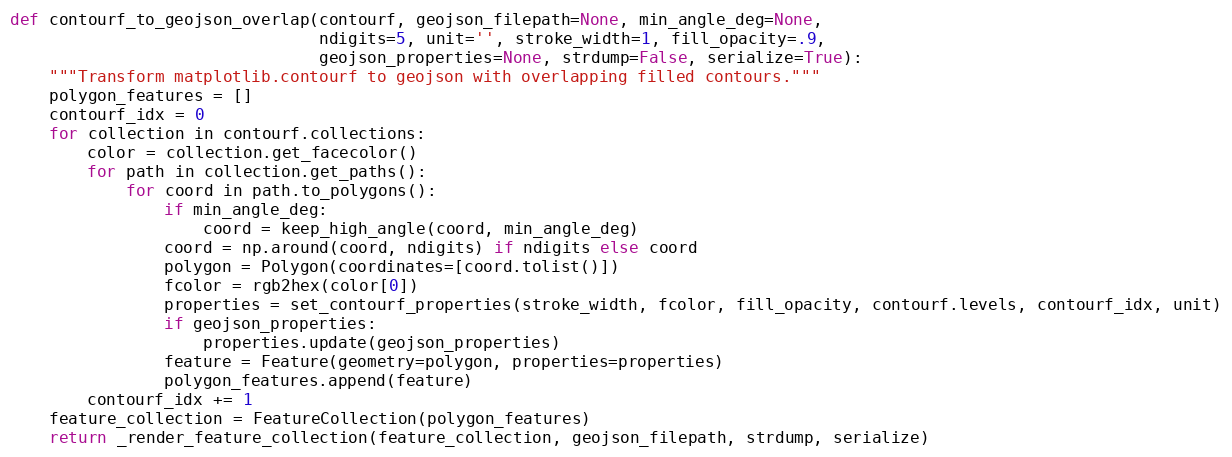
Language: Python
def contourf_to_geojson_overlap(contourf, geojson_filepath=None, min_angle_deg=None,
                                ndigits=5, unit='', stroke_width=1, fill_opacity=.9,
                                geojson_properties=None, strdump=False, serialize=True):
    """Transform matplotlib.contourf to geojson with overlapping filled contours."""
    polygon_features = []
    contourf_idx = 0
    for collection in contourf.collections:
        color = collection.get_facecolor()
        for path in collection.get_paths():
            for coord in path.to_polygons():
                if min_angle_deg:
                    coord = keep_high_angle(coord, min_angle_deg)
                coord = np.around(coord, ndigits) if ndigits else coord
                polygon = Polygon(coordinates=[coord.tolist()])
                fcolor = rgb2hex(color[0])
                properties = set_contourf_properties(stroke_width, fcolor, fill_opacity, contourf.levels, contourf_idx, unit)
                if geojson_properties:
                    properties.update(geojson_properties)
                feature = Feature(geometry=polygon, properties=properties)
                polygon_features.append(feature)
        contourf_idx += 1
    feature_collection = FeatureCollection(polygon_features)
    return _render_feature_collection(feature_collection, geojson_filepath, strdump, serialize)